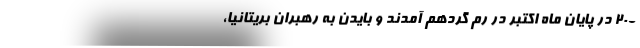
-۲۰ در پایان ماه اکتبر در رم گردهم آمدند و بایدن به رهبران بریتانیا،